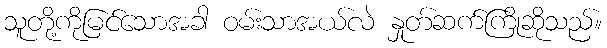
သူတို့ကိုမြင်သောအခါ ဝမ်းသာအယ်လဲ နှုတ်ဆက်ကြိုဆိုသည်။